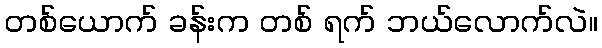
တစ်ယောက် ခန်းက တစ် ရက် ဘယ်လောက်လဲ။